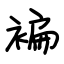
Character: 褊